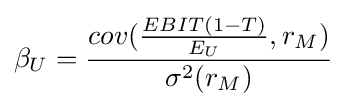
\beta _{U}={\frac {cov({\frac {EBIT(1-T)}{E_{U}}},r_{M})}{\sigma ^{2}(r_{M})}}